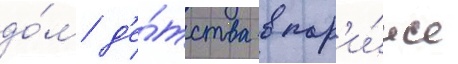
до́м д'е́тства в пар'и́же